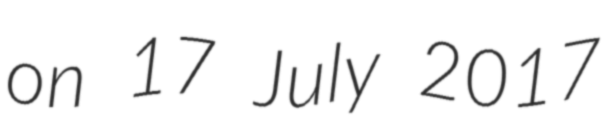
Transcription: on 17 July 2017